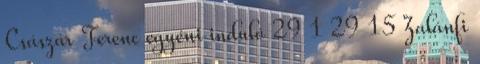
Császár Ferenc egyéni induló 29 1 29 15 Zalánfi